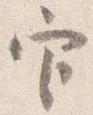
官